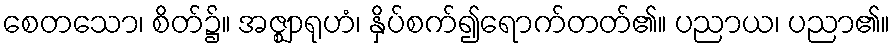
စေတသော၊ စိတ်၌။ အဇ္ဈာရုဟံ၊ နှိပ်စက်၍ရောက်တတ်၏။ ပညာယ၊ ပညာ၏။